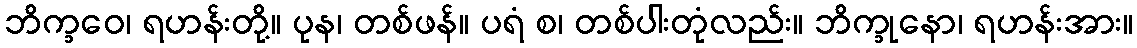
ဘိက္ခဝေ၊ ရဟန်းတို့။ ပုန၊ တစ်ဖန်။ ပရံ စ၊ တစ်ပါးတုံလည်း။ ဘိက္ခုနော၊ ရဟန်းအား။